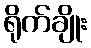
ရိုက်ချိုး